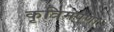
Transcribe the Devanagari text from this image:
कृत्रिमपणा